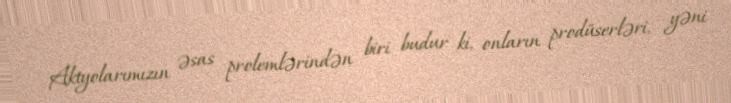
Aktyolarımızın əsas prolemlərindən biri budur ki, onların prodüserləri, yəni